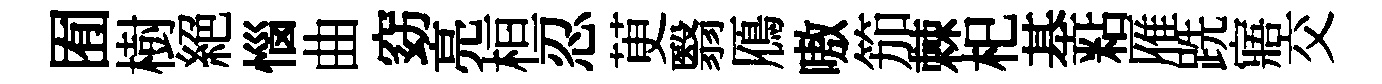
囿樹絕惱曲窈亮桓忍茰翳鴈嗷笳棘𣏌基粘雁跣寤交